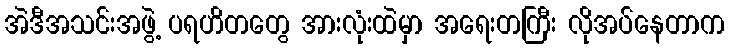
အဲဒီအသင်းအဖွဲ့ ပရဟိတတွေ အားလုံးထဲမှာ အရေးတကြီး လိုအပ်နေတာက